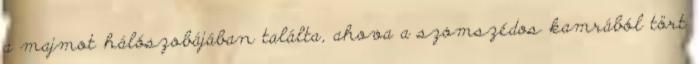
a majmot hálószobájában találta, ahova a szomszédos kamrából tört